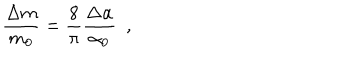
\frac { \Delta m } { m _ { 0 } } = \frac { 8 } { \pi } \frac { \Delta \alpha } { \alpha _ { 0 } } ~ ~ ,